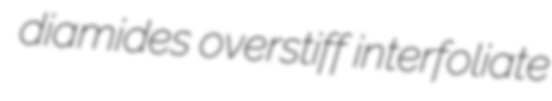
diamides overstiff interfoliate